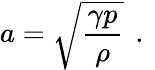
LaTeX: a=\sqrt{\frac{\gamma p}{\rho}}\, \mathrm{~.~}